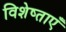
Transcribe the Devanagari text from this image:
विशेष्ताएँ